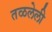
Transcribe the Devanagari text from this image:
तळलेली